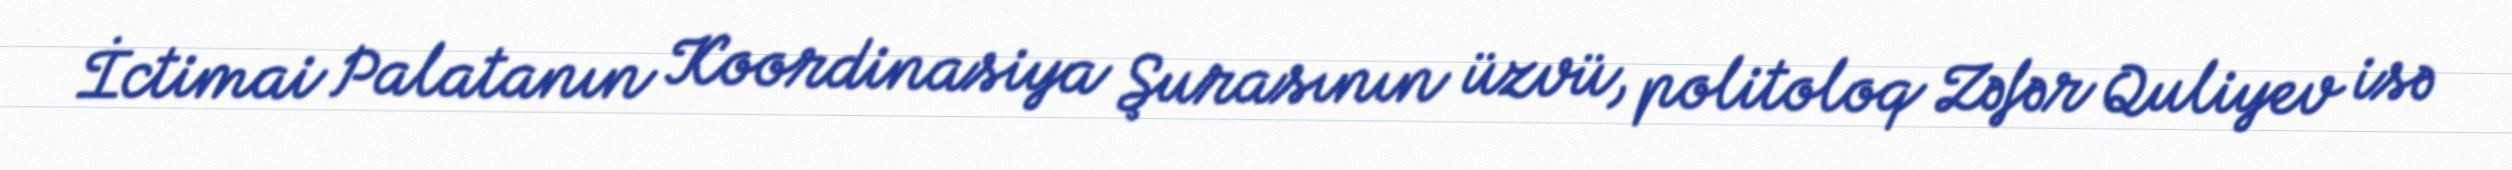
İctimai Palatanın Koordinasiya Şurasının üzvü, politoloq Zəfər Quliyev isə